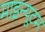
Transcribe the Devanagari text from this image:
माइन्यूटम